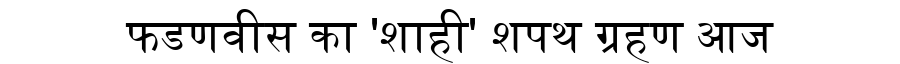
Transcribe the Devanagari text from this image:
फडणवीस का 'शाही' शपथ ग्रहण आज